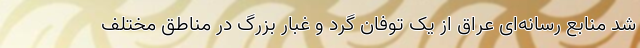
شد منابع رسانه‌ای عراق از یک توفان گرد و غبار بزرگ در مناطق مختلف